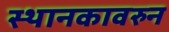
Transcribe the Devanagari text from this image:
स्थानकावरुन